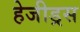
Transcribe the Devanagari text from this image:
हेजीड्रस